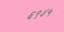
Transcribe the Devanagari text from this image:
६९४५